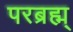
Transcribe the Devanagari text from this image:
परब्रह्म्